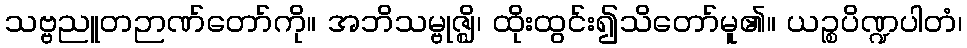
သဗ္ဗညူတဉာဏ်တော်ကို။ အဘိသမ္ဗုဇ္ဈိ၊ ထိုးထွင်း၍သိတော်မူ၏။ ယဉ္စပိဏ္ဍပါတံ၊